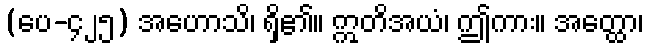
(ပေ-၄၂၅) အဟောသိ၊ ရှိ၏။ ဣတိအယံ၊ ဤကား။ အတ္ထော၊